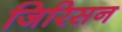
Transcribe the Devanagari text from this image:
जिरिसन